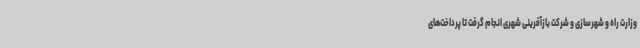
وزارت راه و شهرسازی و شرکت بازآفرینی شهری انجام گرفت تا پرداخت‌های